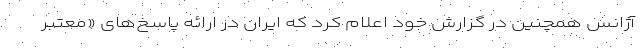
آژانس همچنین در گزارش خود اعلام کرد که ایران در ارائه پاسخ‌های «معتبر